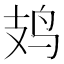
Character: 𫛛